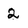
Character: 2